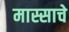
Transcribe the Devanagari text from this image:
मास्साचे